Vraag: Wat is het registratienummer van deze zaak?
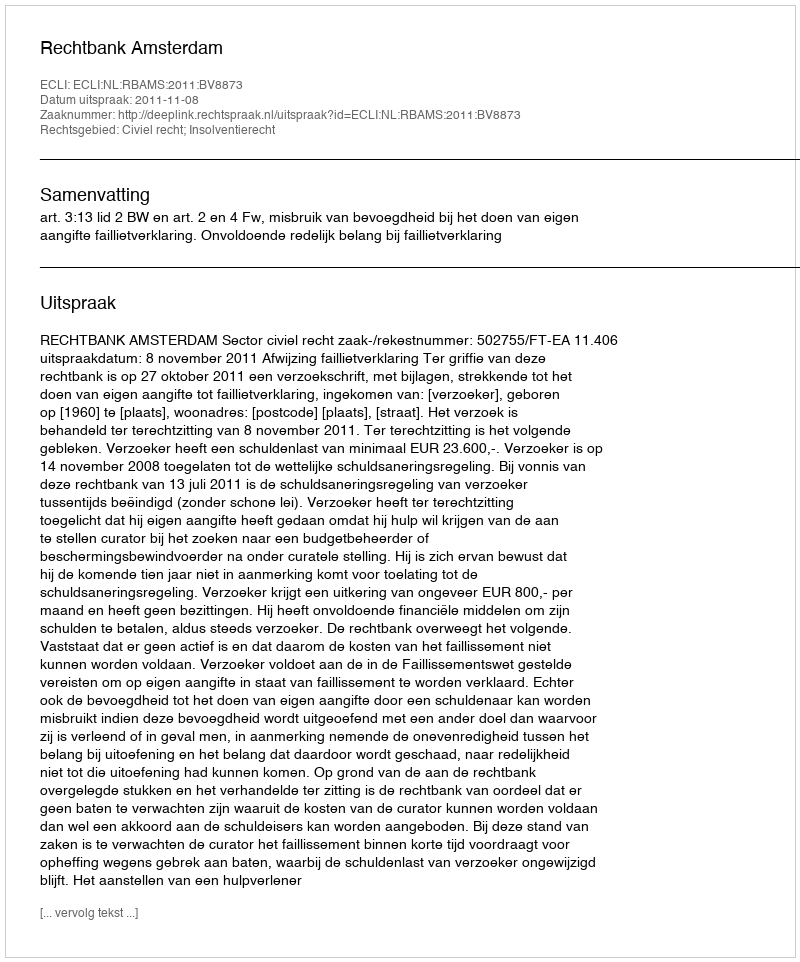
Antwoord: http://deeplink.rechtspraak.nl/uitspraak?id=ECLI:NL:RBAMS:2011:BV8873